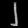
Digit: ၂